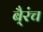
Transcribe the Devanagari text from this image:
बै्रंच